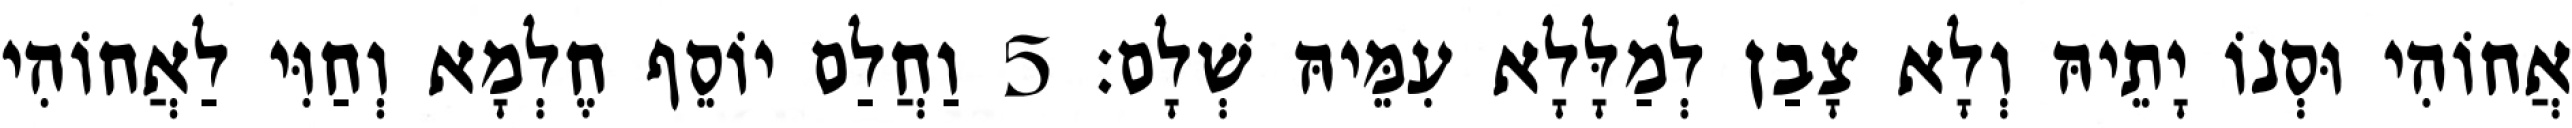
אֲחוֹהִי וּסְנוֹ יָתֵיהּ וְלָא צָבַן לְמַלָּלָא עִמֵּיהּ שְׁלָם׃ 5 וַחֲלַם יוֹסֵף חֶלְמָא וְחַוִּי לַאֲחוֹהִי